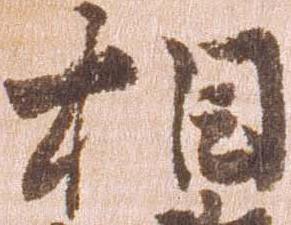
相